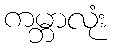
ကမ္ဘာလုံး